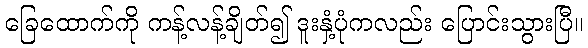
ခြေထောက်ကို ကန့်လန့်ချိတ်၍ ဒူးနှံ့ပုံကလည်း ပြောင်းသွားပြီ။